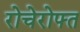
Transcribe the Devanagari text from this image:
रोचेरोफ्त